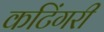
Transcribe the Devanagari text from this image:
कटिंगरी